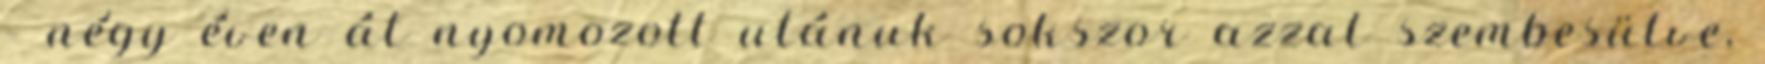
– négy éven át nyomozott utánuk sokszor azzal szembesülve,